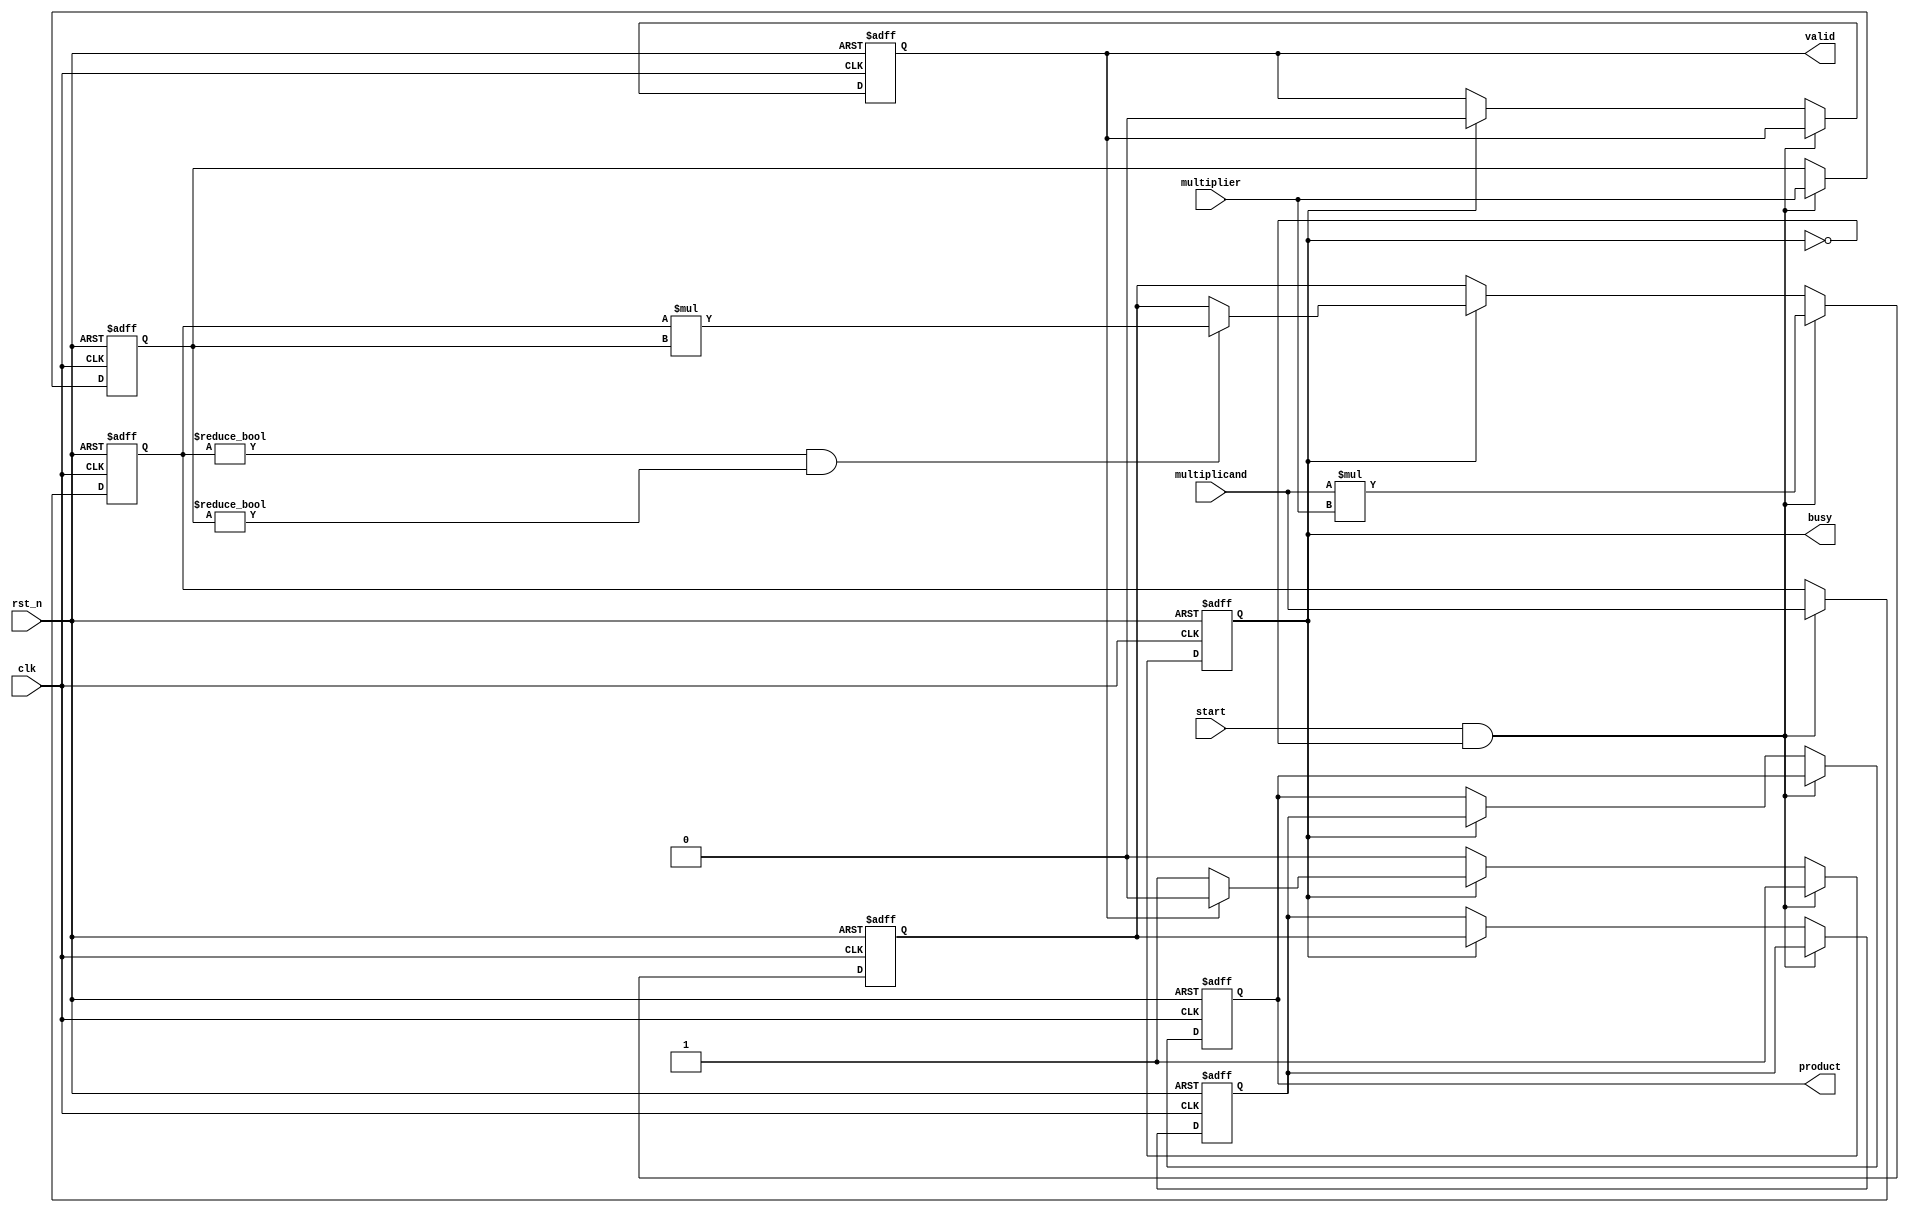
module streaming_multiplier #(
    parameter DATA_WIDTH = 16,  // Configurable data width
    parameter PIPELINE_DEPTH = 2 // Number of pipeline stages
)(
    input wire clk,               // Clock signal
    input wire rst_n,             // Active low reset
    input wire start,             // Start signal for multiplication
    input wire [DATA_WIDTH-1:0] multiplicand, // Input multiplicand
    input wire [DATA_WIDTH-1:0] multiplier,    // Input multiplier
    output reg [2*DATA_WIDTH-1:0] product,     // Output product
    output reg valid,             // Valid signal to indicate product is ready
    output reg busy               // Busy signal to indicate multiplication in progress
);

    // Internal signals for pipeline stages
    reg [DATA_WIDTH-1:0] mult_a [0:PIPELINE_DEPTH-1]; // Stage inputs
    reg [DATA_WIDTH-1:0] mult_b [0:PIPELINE_DEPTH-1]; // Stage inputs
    reg [2*DATA_WIDTH-1:0] partial_product [0:PIPELINE_DEPTH-1]; // Partial products

    integer i;

    always @(posedge clk or negedge rst_n) begin
        if (!rst_n) begin
            // Reset outputs and pipeline registers
            product <= 0;
            valid <= 0;
            busy <= 0;
            for (i = 0; i < PIPELINE_DEPTH; i = i + 1) begin
                mult_a[i] <= 0;
                mult_b[i] <= 0;
                partial_product[i] <= 0;
            end
        end else begin
            if (start && !busy) begin
                // Start new multiplication operation
                busy <= 1;
                mult_a[0] <= multiplicand;
                mult_b[0] <= multiplier;
                partial_product[0] <= multiplicand * multiplier; // Initial multiplication
            end else if (busy) begin
                // Pipeline processing
                for (i = PIPELINE_DEPTH-1; i > 0; i = i - 1) begin
                    mult_a[i] <= mult_a[i-1];
                    mult_b[i] <= mult_b[i-1];
                    partial_product[i] <= partial_product[i-1];
                end

                // Update the first stage with the new multiplication result
                if (mult_a[0] != 0 && mult_b[0] != 0) begin
                    partial_product[0] <= mult_a[0] * mult_b[0];
                end

                // Final product calculation
                if (PIPELINE_DEPTH > 1) begin
                    product <= partial_product[PIPELINE_DEPTH-1];
                end else begin
                    product <= partial_product[0];
                end

                // Valid signal to indicate that the product is ready
                valid <= (i == PIPELINE_DEPTH - 1);

                // End multiplication operation
                if (valid) begin
                    busy <= 0; // Reset busy when the product is valid
                end
            end
        end
    end

endmodule